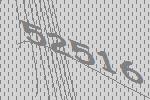
52516